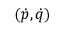
( { \dot { p } } , { \dot { q } } )